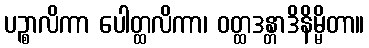
ပဉ္စာလိကာ ပေါတ္ထလိကာ၊ ဝတ္ထဒန္တာဒိနိမ္မိတာ။